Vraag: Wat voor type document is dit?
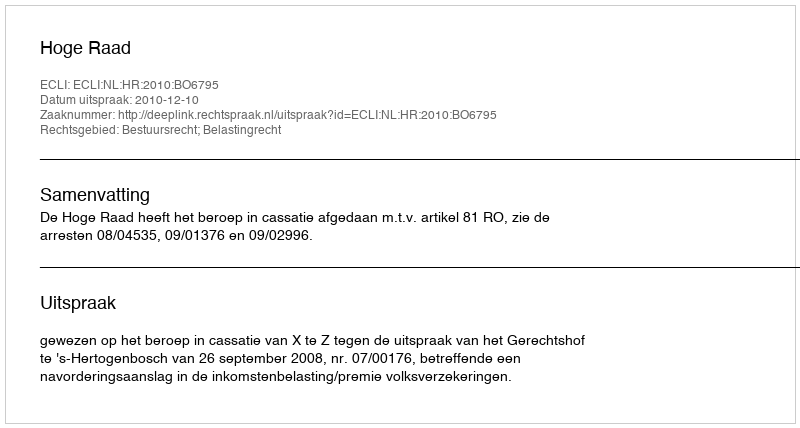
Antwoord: Uitspraak